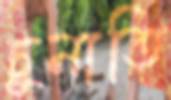
চুনাতি